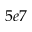
5 e 7